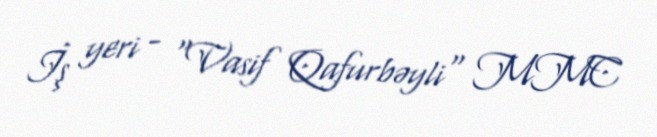
İş yeri - "Vasif Qafurbəyli" MMC